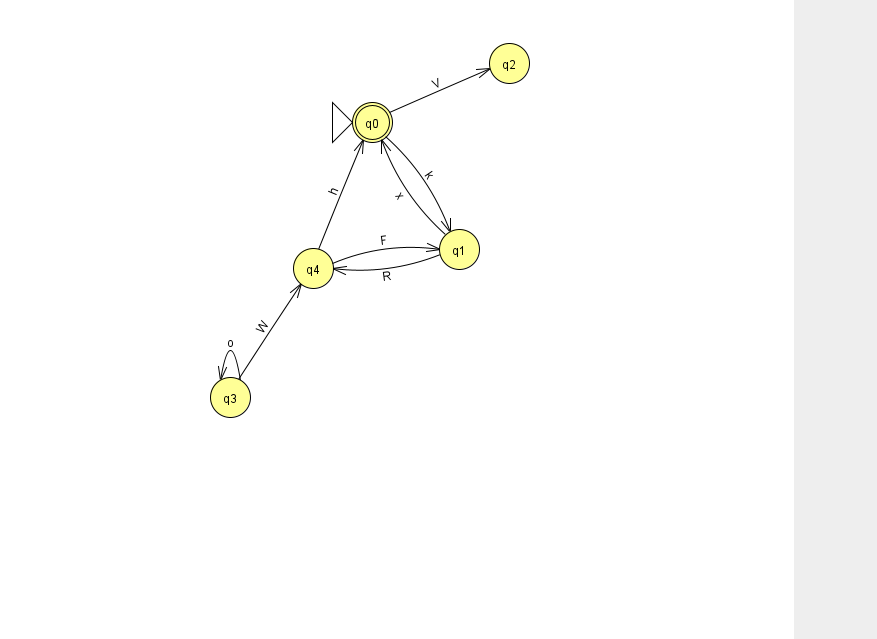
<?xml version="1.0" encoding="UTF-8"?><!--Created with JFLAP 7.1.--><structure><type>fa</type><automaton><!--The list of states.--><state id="0" name="q0"><x>372.0</x><y>109.0</y><initial/><final/></state><state id="1" name="q1"><x>459.0</x><y>236.0</y></state><state id="2" name="q2"><x>509.0</x><y>50.0</y></state><state id="3" name="q3"><x>230.0</x><y>384.0</y></state><state id="4" name="q4"><x>313.0</x><y>255.0</y></state><!--The list of transitions.--><transition><from>0</from><to>1</to><read>k</read></transition><transition><from>1</from><to>0</to><read>x</read></transition><transition><from>0</from><to>2</to><read>V</read></transition><transition><from>1</from><to>4</to><read>R</read></transition><transition><from>3</from><to>4</to><read>W</read></transition><transition><from>4</from><to>0</to><read>h</read></transition><transition><from>4</from><to>1</to><read>F</read></transition><transition><from>3</from><to>3</to><read>o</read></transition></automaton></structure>